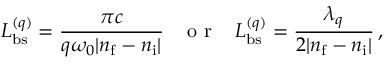
L _ { \mathrm { b s } } ^ { ( q ) } = \frac { \pi c } { q \omega _ { 0 } | n _ { \mathrm { f } } - n _ { \mathrm { i } } | } \; \; \; \textrm { o r } \; \; \; L _ { \mathrm { b s } } ^ { ( q ) } = \frac { \lambda _ { q } } { 2 | n _ { \mathrm { f } } - n _ { \mathrm { i } } | } \, ,